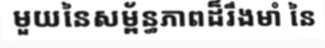
មួយនៃសម្ព័ន្ធភាពដ៏រឹងមាំ នៃ